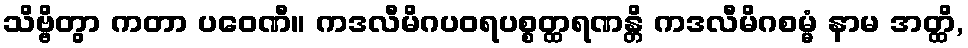
သိဗ္ဗိတွာ ကတာ ပဝေဏီ။ ကဒလီမိဂပဝရပစ္စတ္ထရဏန္တိ ကဒလီမိဂစမ္မံ နာမ အတ္ထိ,